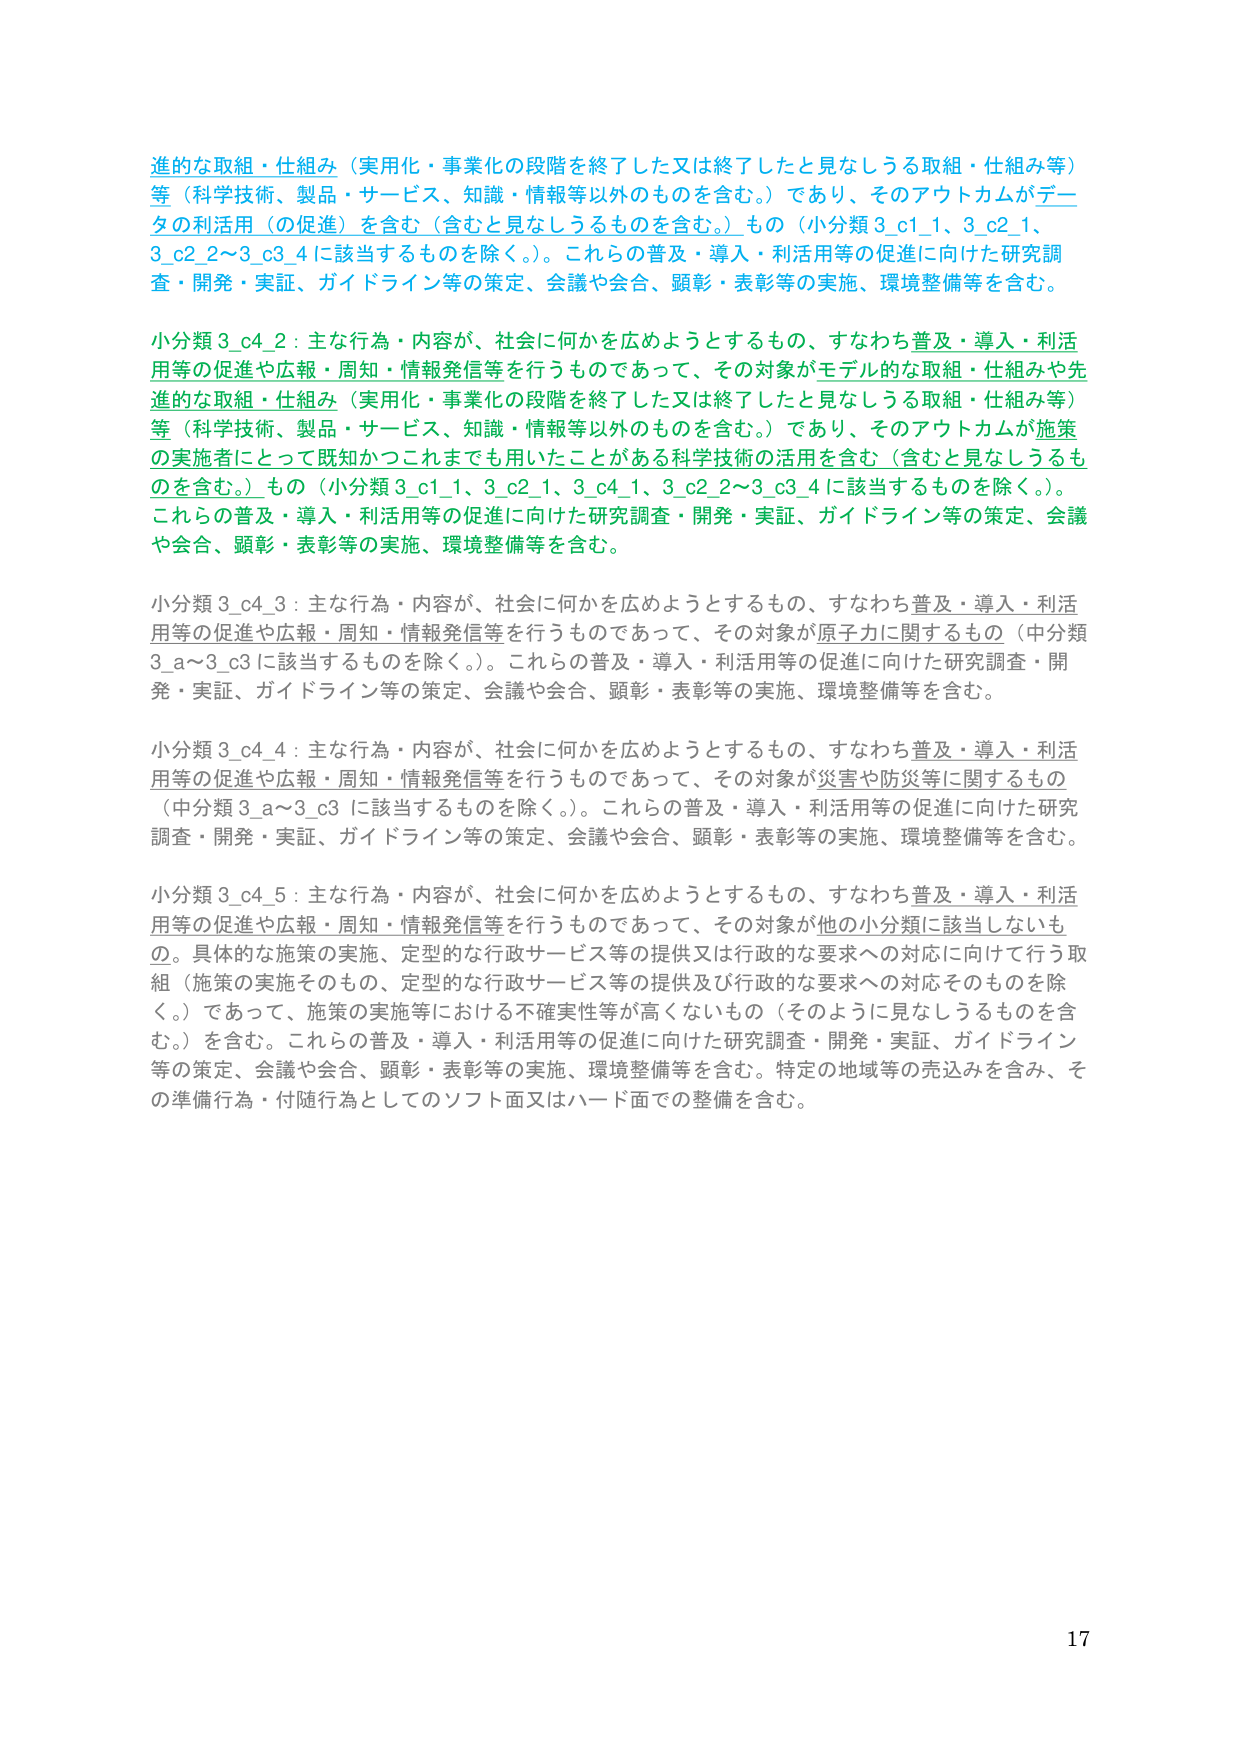
進的な取組・仕組み（実用化・事業化の段階を終了した又は終了したと見なしうる取組・仕組み等）等（科学技術、製品・サービス、知識・情報等以外のものを含む。）であり、そのアウトカムがデータの利活用（の促進）を含む（含むと見なしうるものを含む。）もの（小分類3_c1_1、3_c2_1、3_c2_2～3_c3_4に該当するものを除く。）。これらの普及・導入・利活用等の促進に向けた研究調査・開発・実証、ガイドライン等の策定、会議や会合、顕彰・表彰等の実施、環境整備等を含む。

小分類3_c4_2：主な行為・内容が、社会に何かを広めようとするもの、すなわち普及・導入・利活用等の促進や広報・周知・情報発信等を行うものであって、その対象がモデル的な取組・仕組みや先進的な取組・仕組み（実用化・事業化の段階を終了した又は終了したと見なしうる取組・仕組み等）等（科学技術、製品・サービス、知識・情報等以外のものを含む。）であり、そのアウトカムが施策の実施者にとって既知かつこれまでも用いたことがある科学技術の活用を含む（含むと見なしうるものを含む。）もの（小分類3_c1_1、3_c2_1、3_c4_1、3_c2_2～3_c3_4に該当するものを除く。）。これらの普及・導入・利活用等の促進に向けた研究調査・開発・実証、ガイドライン等の策定、会議や会合、顕彰・表彰等の実施、環境整備等を含む。

小分類3_c4_3：主な行為・内容が、社会に何かを広めようとするもの、すなわち普及・導入・利活用等の促進や広報・周知・情報発信等を行うものであって、その対象が原子力に関するもの（中分類3_a～3_c3に該当するものを除く。）。これらの普及・導入・利活用等の促進に向けた研究調査・開発・実証、ガイドライン等の策定、会議や会合、顕彰・表彰等の実施、環境整備等を含む。

小分類3_c4_4：主な行為・内容が、社会に何かを広めようとするもの、すなわち普及・導入・利活用等の促進や広報・周知・情報発信等を行うものであって、その対象が災害や防災等に関するもの（中分類3_a～3_c3に該当するものを除く。）。これらの普及・導入・利活用等の促進に向けた研究調査・開発・実証、ガイドライン等の策定、会議や会合、顕彰・表彰等の実施、環境整備等を含む。

小分類3_c4_5：主な行為・内容が、社会に何かを広めようとするもの、すなわち普及・導入・利活用等の促進や広報・周知・情報発信等を行うものであって、その対象が他の小分類に該当しないもの。具体的な施策の実施、定型的な行政サービス等の提供又は行政的な要求への対応に向けて行う取組（施策の実施そのもの、定型的な行政サービス等の提供及び行政的な要求への対応そのものを除く。）であって、施策の実施等における不確実性等が高くないもの（そのように見なしうるものを含む。）を含む。これらの普及・導入・利活用等の促進に向けた研究調査・開発・実証、ガイドライン等の策定、会議や会合、顕彰・表彰等の実施、環境整備等を含む。特定の地域等の売込みを含み、その準備行為・付随行為としてのソフト面又はハード面での整備を含む。

17